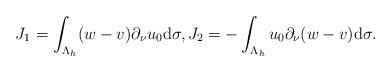
LaTeX: \begin{align*} \begin{aligned} J_{1}&=\int_{\Lambda_{h}}(w-v)\partial_{\nu}u_{0}\mathrm d\sigma, J_{2}=-\int_{\Lambda_{h}} u_{0}\partial_{\nu}(w-v)\mathrm d\sigma. \end{aligned} \end{align*}